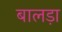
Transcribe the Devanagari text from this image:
बालड़ा